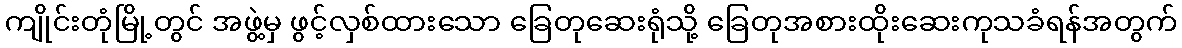
ကျိုင်းတုံမြို့တွင် အဖွဲ့မှ ဖွင့်လှစ်ထားသော ခြေတုဆေးရုံသို့ ခြေတုအစားထိုးဆေးကုသခံရန်အတွက်